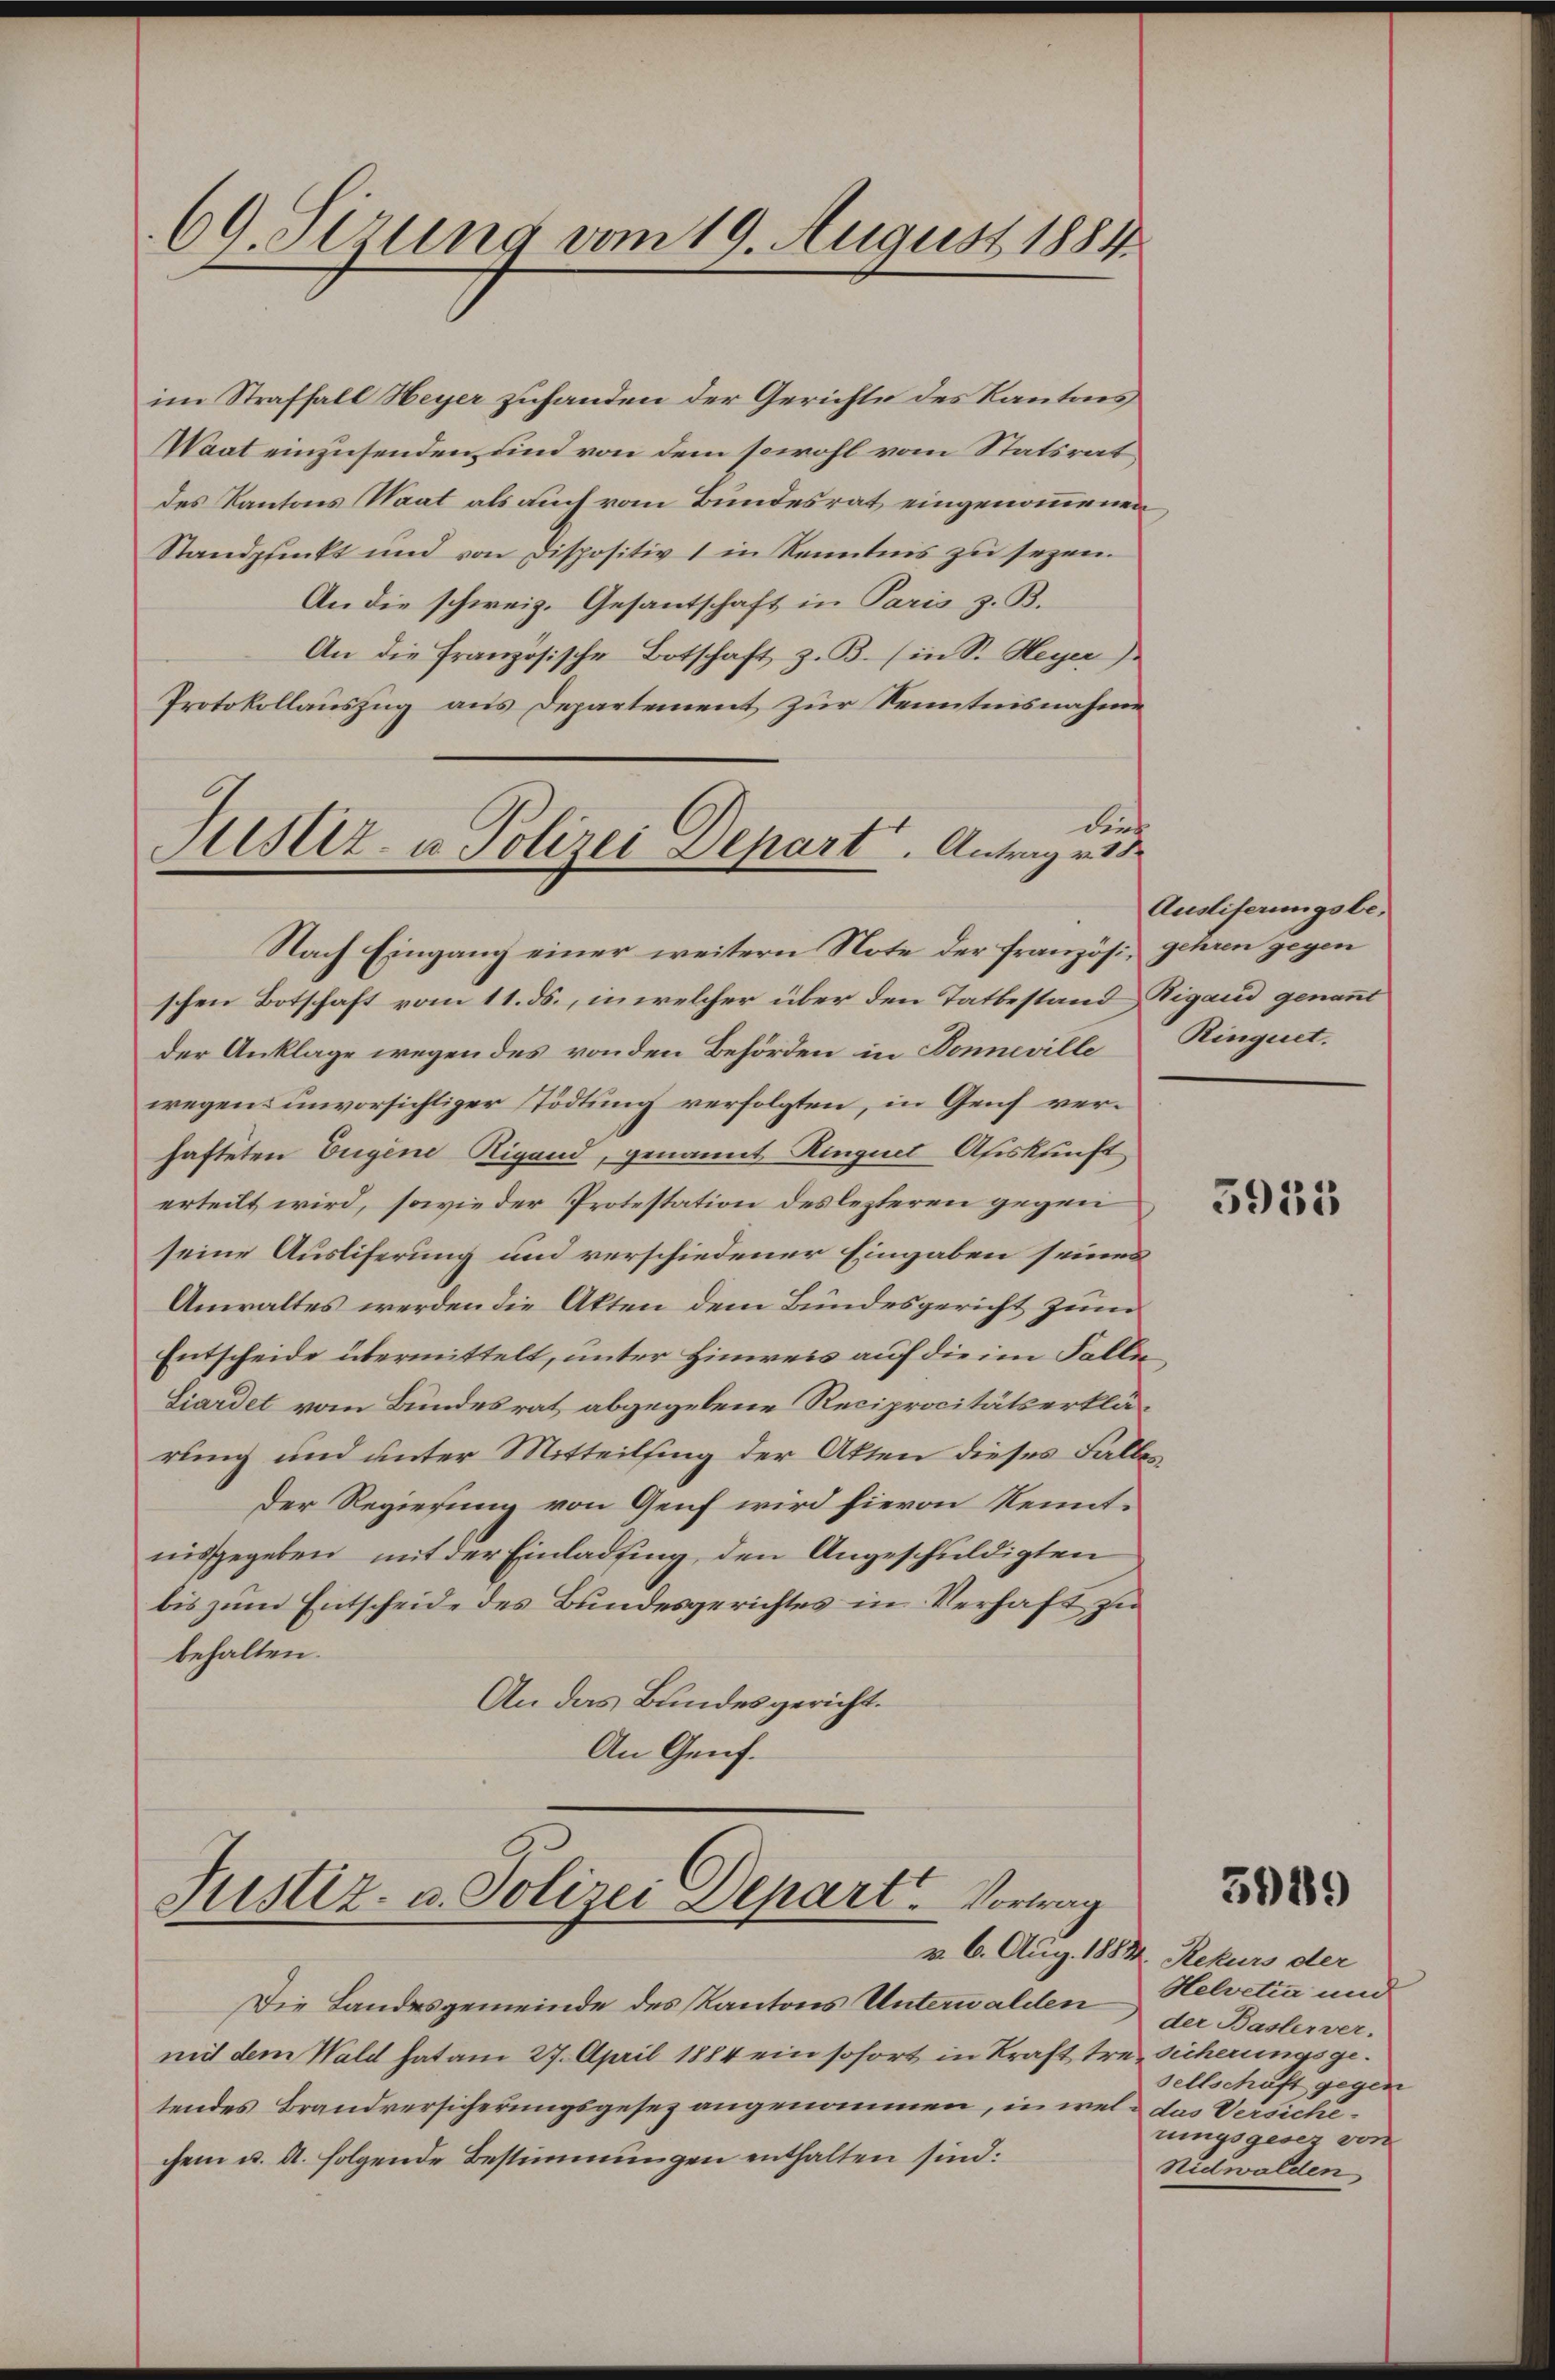
69. Setzung vom 19. August 1884.

im Straffall Heyer zuhanden der Gerichte des Kantons
Waat einzusenden sind von dem sowohl vom Statsrat
des Kantons Saat als auch vom Bundesrat eingenommenen
Standpunkt und von Dispositiv 1 in Kenntnis zŭ sezen.
An die schweiz. Gesantschaft in Paris z. B.
An die Französische Botschaft z. B. (in Sr. Meyer
Protokollauszug aus Departement zur Kenntnisnahme
durch
Mustiz- u. Polizei Depart. Antrag v. 18

Nach Eingang einer weitern Note der französi, gehren gegen

schen Botschaft vom 11. ds., in welcher über den Tatbestand Vigand genannt
der Anklage wegen des von den Behörden in Donneville Ringnet.
wegen unvorsichtiger Tödtung verfolgten, in Genf verhafteten Eugene Rigand, genannt Ringnet Auskunft
erteilt wird, sowie der Protestation des lezteren gegen
seine Ausliferung und verschiedener Eingaben seines
Anwaltes werden die Akten dem Bundesgericht zum
Entscheide übermittelt, unter Hinweis auf die im Falle¬
Liardet vom Bundesrat abgegebene Reciprocitätserklärung und unter Mitteilsing der Akten dieses Falles
Der Regierung von Genf wird hievon Kenntnisgegeben, mit der Einladung, den Angeschuldigten
bis zum Entscheide des Bundesgerichtes in Verhaft zu
behalten.
An das Bundesgericht.
An Genf.

Justiz- u. Polizei Depart. Vortrag
v. 6. Aug. 1884. Rekurs der

Die Landesgemeinde des Kantons Unterwalden
mit dem Wald hat am 27. April 1884 ein sofort in Kraft tre. Sicherungsgetendes Brandversicherungsgesez angenommen, in wel das Versichechem u. A. folgende Bestimmungen enthalten sind:

Ausliferungsbe-

5933

5949

Helvetia und
der Baslerver-
sellschaft gegen
rungsgesez von
Nidwalden